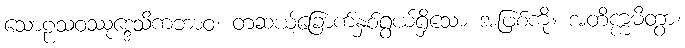
သောဠသဝဿုဒ္ဒေသိကဘာဝံ၊ တဆယ့်ခြောက်နှစ်ရွယ်ရှိသော အဖြစ်ကို။ အတိက္ကမိတွာ၊